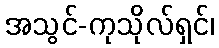
အသွင်-ကုသိုလ်ရှင်၊